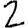
Digit: 2